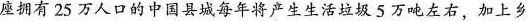
座拥有25万人口的中国县城每年将产生生活垃圾5万吨左右，加上乡